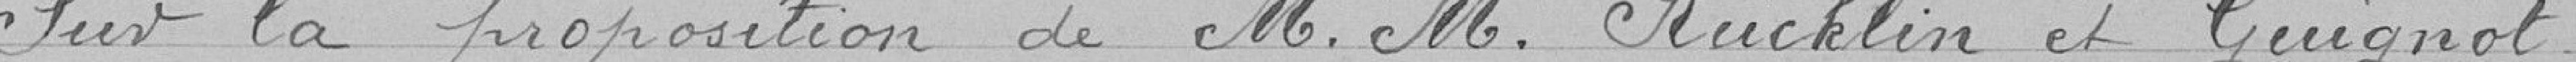
Vu la proposition de Monsieur RÜcklin et Guignot